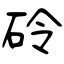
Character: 砱